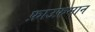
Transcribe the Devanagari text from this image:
फ़ाउफ़मान